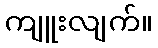
ကျူးလျက်။